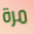
مرة